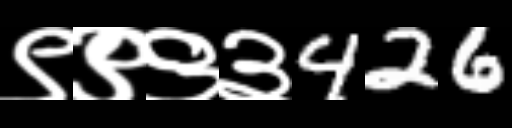
Text: ९९९३426